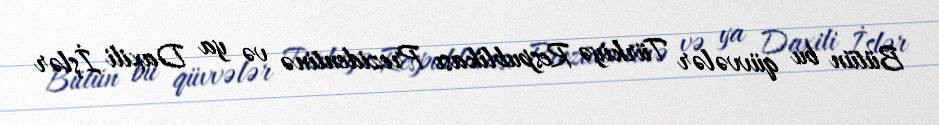
Bütün bu qüvvələr Türkiyə Respublikası Prezidentinə və ya Daxili İşlər